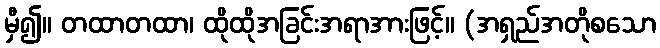
မှီ၍။ တထာတထာ၊ ထိုထိုအခြင်းအရာအားဖြင့်။ (အရှည်အတိုစသော